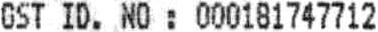
GST ID. NO : 000181747712